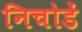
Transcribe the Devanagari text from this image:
निचोडें